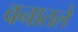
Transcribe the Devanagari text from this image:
वनातले